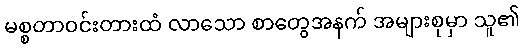
မစ္စတာဝင်းတားထံ လာသော စာတွေအနက် အများစုမှာ သူ၏